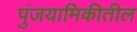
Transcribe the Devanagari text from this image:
पुंजयामिकीतील